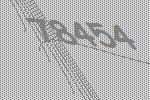
78454